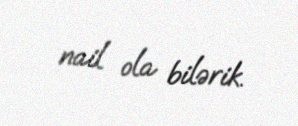
nail ola bilərik.